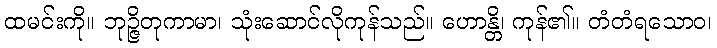
ထမင်းကို။ ဘုဉ္ဇိတုကာမာ၊ သုံးဆောင်လိုကုန်သည်။ ဟောန္တိ၊ ကုန်၏။ တံတံရသောဝ၊